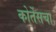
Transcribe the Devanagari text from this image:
कोर्तेसचा